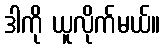
ဒါကို ယူလိုက်မယ်။